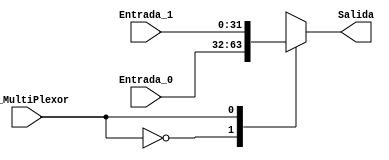
module Mux1(
//Entradas
input [31:0] Entrada_0,Entrada_1,
input En_MultiPlexor,
//Salida
output reg[31:0] Salida

);

always @(*)
	begin
		case (En_MultiPlexor)
			// Entra Memoria de Datos
			0:Salida=Entrada_0;	
			
			//	Entra Resultado de ALU
			1:Salida=Entrada_1;
		
		endcase
	end 
	
endmodule